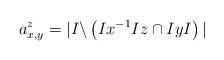
LaTeX: \begin{align*}a^z_{x,y} = | I \backslash \left(I x^{-1} I z \cap I y I\right)|\end{align*}